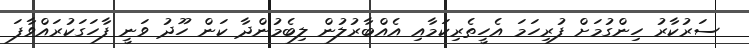
ސަރުކާރު ހިންގުމަށް ފުރިހަމަ އެހީތެރިކަމާއި އެއްބާރުލުން ލިބެމުންދާ ކަން ހޫދު ވަނީ ފާހަގަކުރައްވާފަ